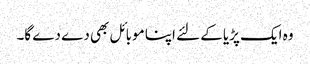
وہ ایک پڑیا کے لئے اپنا موبائل بھی دے دے گا۔